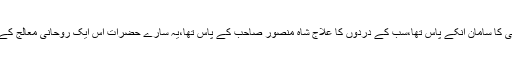
سب کی دلچسپی کا سامان انکے پاس تھا،سب کے دردوں کا علاج شاہ منصور صاحب کے پاس تھا،یہ سارے حضرات اس ایک روحانی معالج کے مریض تھے۔